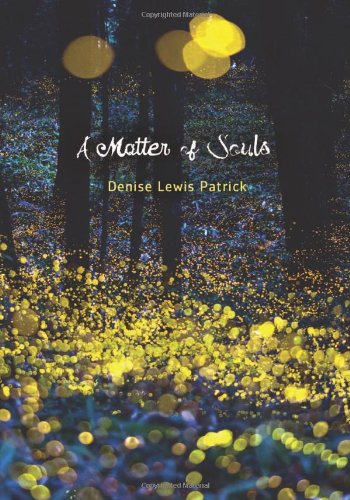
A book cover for A Matter of Souls (Fiction - Young Adult); Denise Lewis Patrick; Teen & Young Adult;